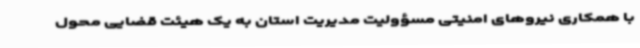
با همکاری نیروهای امنیتی مسؤولیت مدیریت استان به یک هیئت قضایی محول